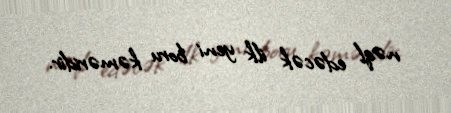
nəql edəcək ilk yeni boru kəməridir.